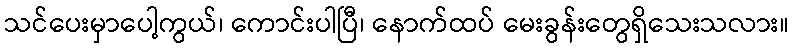
သင်ပေးမှာပေါ့ကွယ်၊ ကောင်းပါပြီ၊ နောက်ထပ် မေးခွန်းတွေရှိသေးသလား။